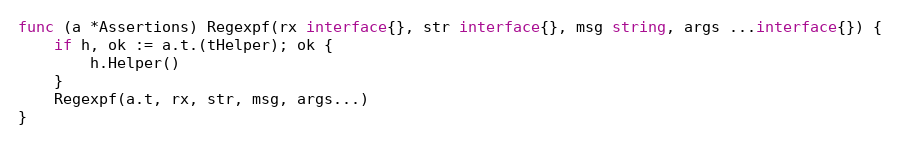
Language: Go
func (a *Assertions) Regexpf(rx interface{}, str interface{}, msg string, args ...interface{}) {
	if h, ok := a.t.(tHelper); ok {
		h.Helper()
	}
	Regexpf(a.t, rx, str, msg, args...)
}